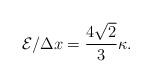
LaTeX: \begin{align*}{\cal E}/\Delta x=\frac{4\sqrt{2}}{3}\kappa.\end{align*}